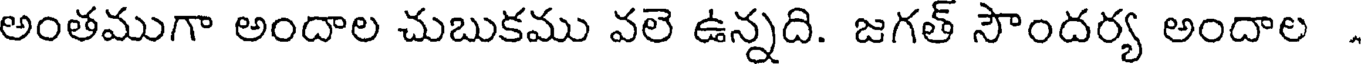
అంతముగా అందాల చుబుకము వలె ఉన్నది. జగత్ సౌందర్య అందాల .